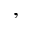
,